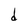
Character: d